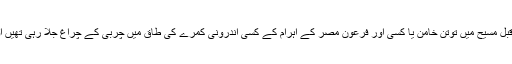
تم نہ جانے کتنے سو کتنے قبل مسیح میں توتن خامن یا کسی اور فرعون مصر کے اہرام کے کسی اندرونی کمرے کی طاق میں چربی کے چراغ جلا رہی تھیں اور میں تم کو دیکھ رہا تھا’‘۔